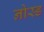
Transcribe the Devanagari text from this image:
नोस्ड